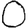
Digit: 0